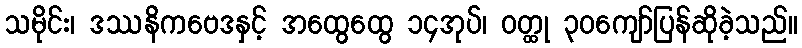
သမိုင်း၊ ဒဿနိကဗေဒနှင့် အထွေထွေ ၁၄အုပ်၊ ဝတ္ထု ၃၀ကျော်ပြန်ဆိုခဲ့သည်။